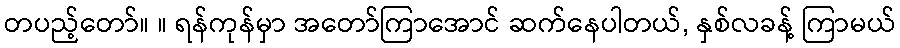
တပည့်တော်။ ။ ရန်ကုန်မှာ အတော်ကြာအောင် ဆက်နေပါတယ်, နှစ်လခန့် ကြာမယ်